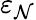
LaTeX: \varepsilon_{\mathcal{N}}